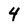
Character: 4